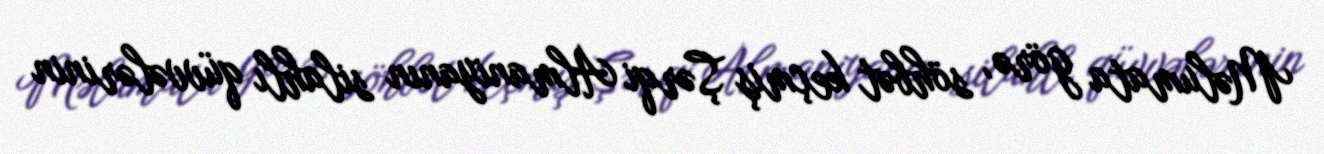
Məlumata görə, söhbət keçmiş Şərqi Almaniyanın silahlı qüvvələrinin